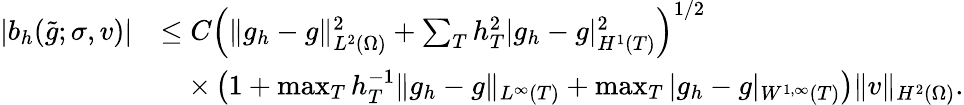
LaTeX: \begin{array}{rl}{|b_{h}(\widetilde{g};\sigma,v)|}&{\le C\left(\| g_{h}-g\| _{L^{2}(\Omega)}^{2}+\sum_{T}h_{T}^{2}|g_{h}-g|_{H^{1}(T)}^{2}\right)^{1/2}}\\ &{\quad\times\left(1+\operatorname*{max}_{T}h_{T}^{-1}\| g_{h}-g\| _{L^{\infty}(T)}+\operatorname*{max}_{T}|g_{h}-g|_{W^{1,\infty}(T)}\right)\| v\| _{H^{2}(\Omega)}.}\end{array}